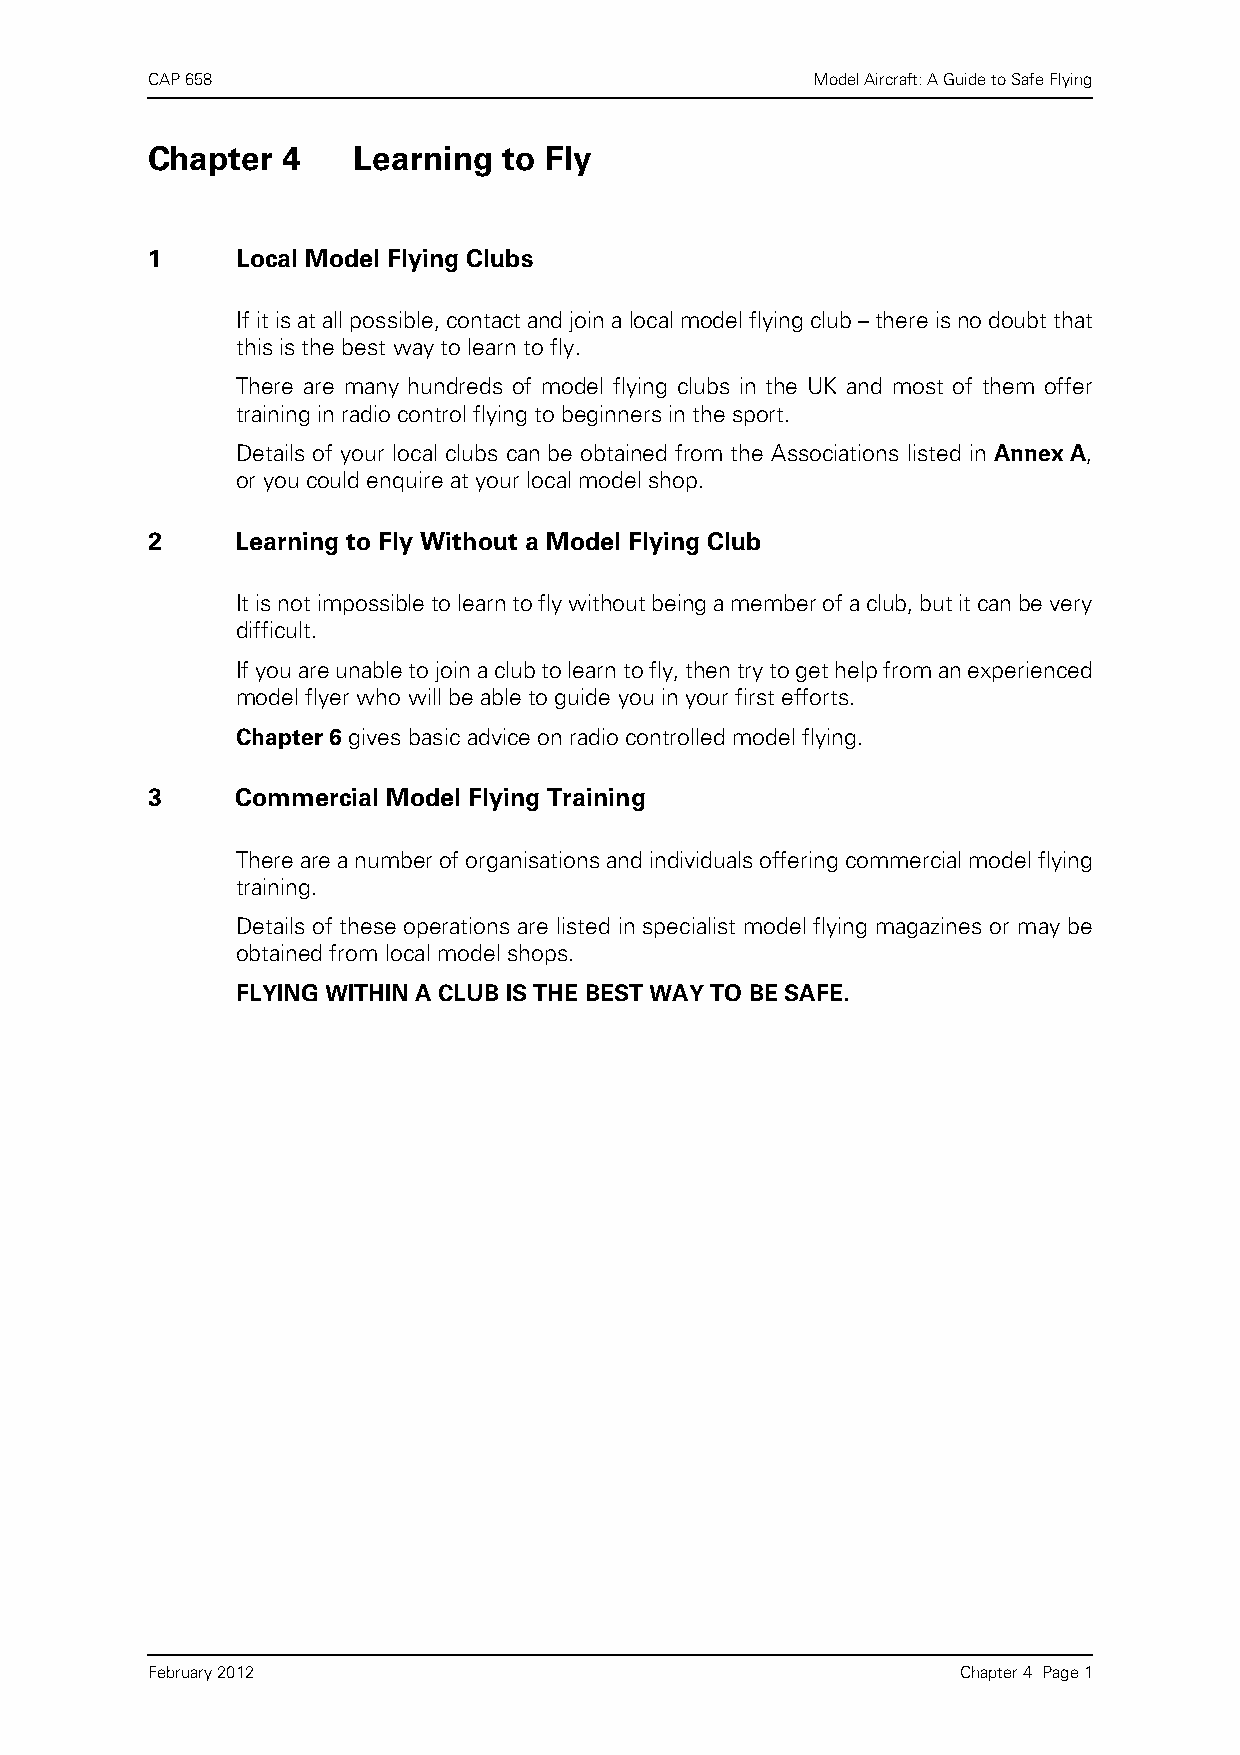
CAP 658                                     Model Aircraft: A Guide to Safe Flying
 Chapter  4   Learning  to Fly
 1     Local Model Flying Clubs
 If it is at all possible, contact and join a local model flying club – there is no doubt that
 this is the best way to learn to fly.
 There are many hundreds of model flying clubs in the UK and most of them offer
 training in radio control flying to beginners in the sport.
 Details of your local clubs can be obtained from the Associations listed in Annex A,
 or you could enquire at your local model shop.
 2     Learning to Fly Without a Model Flying Club
 It is not impossible to learn to fly without being a member of a club, but it can be very
 difficult.
 If you are unable to join a club to learn to fly, then try to get help from an experienced
 model flyer who will be able to guide you in your first efforts.
 Chapter 6 gives basic advice on radio controlled model flying.
 3     Commercial Model Flying Training
 There are a number of organisations and individuals offering commercial model flying
 training.
 Details of these operations are listed in specialist model flying magazines or may be
 obtained from local model shops.
 FLYING WITHIN A CLUB IS THE BEST WAY TO BE SAFE.
 February 2012                                         Chapter 4 Page 1